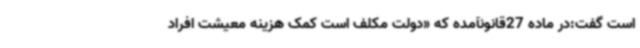
است گفت:در ماده 27قانونآمده که «دولت مکلف است کمک هزینه معیشت افراد